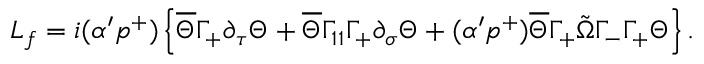
{ \cal L } _ { f } = i ( \alpha ^ { \prime } p ^ { + } ) \left\{ \overline { { { \Theta } } } \Gamma _ { + } \partial _ { \tau } \Theta + \overline { { { \Theta } } } \Gamma _ { 1 1 } \Gamma _ { + } \partial _ { \sigma } \Theta + ( \alpha ^ { \prime } p ^ { + } ) \overline { { { \Theta } } } \Gamma _ { + } \tilde { \Omega } \Gamma _ { - } \Gamma _ { + } \Theta \right\} .